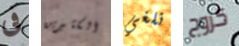
فى الكثيرين نلغي كزوج